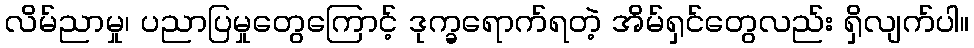
လိမ်ညာမှု၊ ပညာပြမှုတွေကြောင့် ဒုက္ခရောက်ရတဲ့ အိမ်ရှင်တွေလည်း ရှိလျက်ပါ။